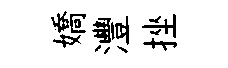
嬌灃挫